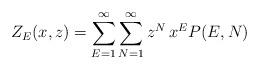
LaTeX: \begin{align*}Z_E(x,z) = \sum_{E=1}^{\infty} \sum_{N=1}^{\infty} z^{N} \, x^{E} P(E,N)\end{align*}